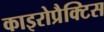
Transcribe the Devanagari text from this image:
काइरोप्रैक्टिस